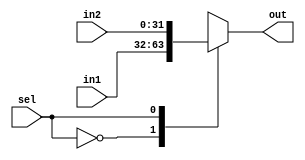
/*
* Module: 2x1 Multiplexer
* Description: parameterized 2X1 MUX.
*/
module mux #(parameter width = 31)
(
/************************ Input Ports ************************/
input wire [width:0] in1,in2,

input wire sel,

/************************ Output Ports ************************/
output reg [width:0] out

);

/************************ Code Start ************************/
always @ (*)begin
case (sel)
1'b0: out = in1; //select first input if selection line has 0 on it
1'b1: out = in2; //select second input if selection line has 1 on it
endcase
end
endmodule